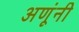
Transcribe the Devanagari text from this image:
अणूंनी